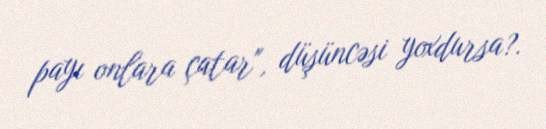
payı onlara çatar", düşüncəsi yoxdursa?.